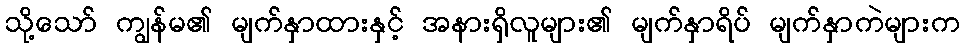
သို့သော် ကျွန်မ၏ မျက်နှာထားနှင့် အနားရှိလူများ၏ မျက်နှာရိပ် မျက်နှာကဲများက